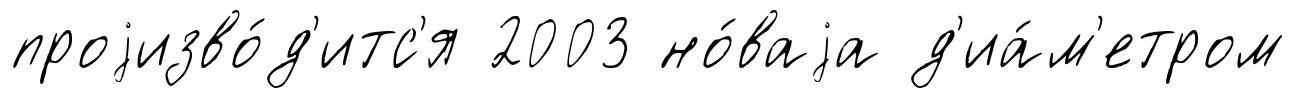
проjизво́д'итс'я 2003 но́ваjа д'иа́м'етром